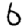
Digit: 6